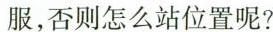
服，否则怎么站位置呢?